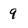
Character: 9